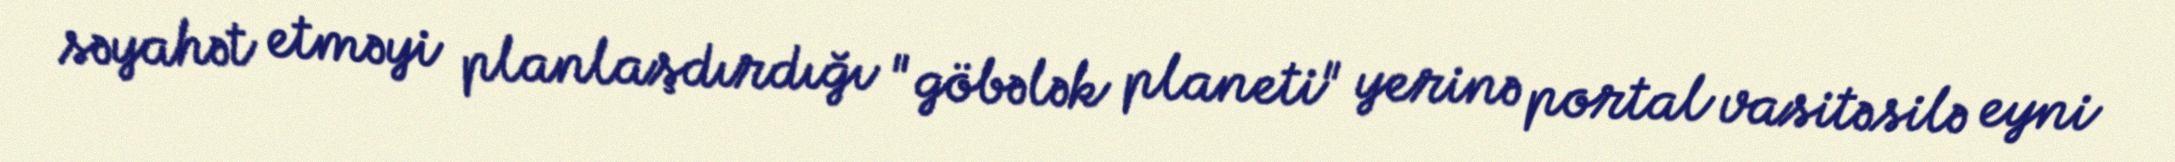
səyahət etməyi planlaşdırdığı "göbələk planeti" yerinə portal vasitəsilə eyni